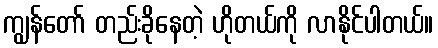
ကျွန်တော် တည်းခိုနေတဲ့ ဟိုတယ်ကို လာနိုင်ပါတယ်။